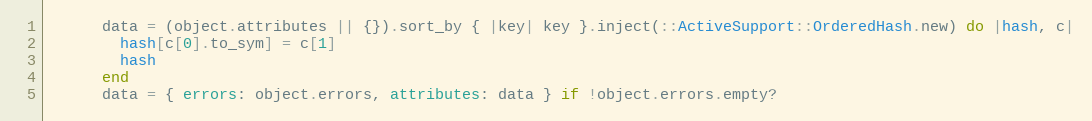
Language: Ruby
      data = (object.attributes || {}).sort_by { |key| key }.inject(::ActiveSupport::OrderedHash.new) do |hash, c|
        hash[c[0].to_sym] = c[1]
        hash
      end
      data = { errors: object.errors, attributes: data } if !object.errors.empty?